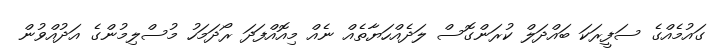
ގައުމެއްގެ ސަފީރަކަ ބައްދަލް ކުރަންގޮސް ލަދެއްހަޔާތެއް ނެއް މިއޮއްފަދަ ރޯދަމަހު މުސްލިމުންގެ އަދުއްވުން